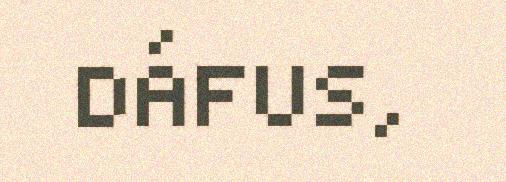
DÁFUS,